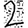
Digit: 2